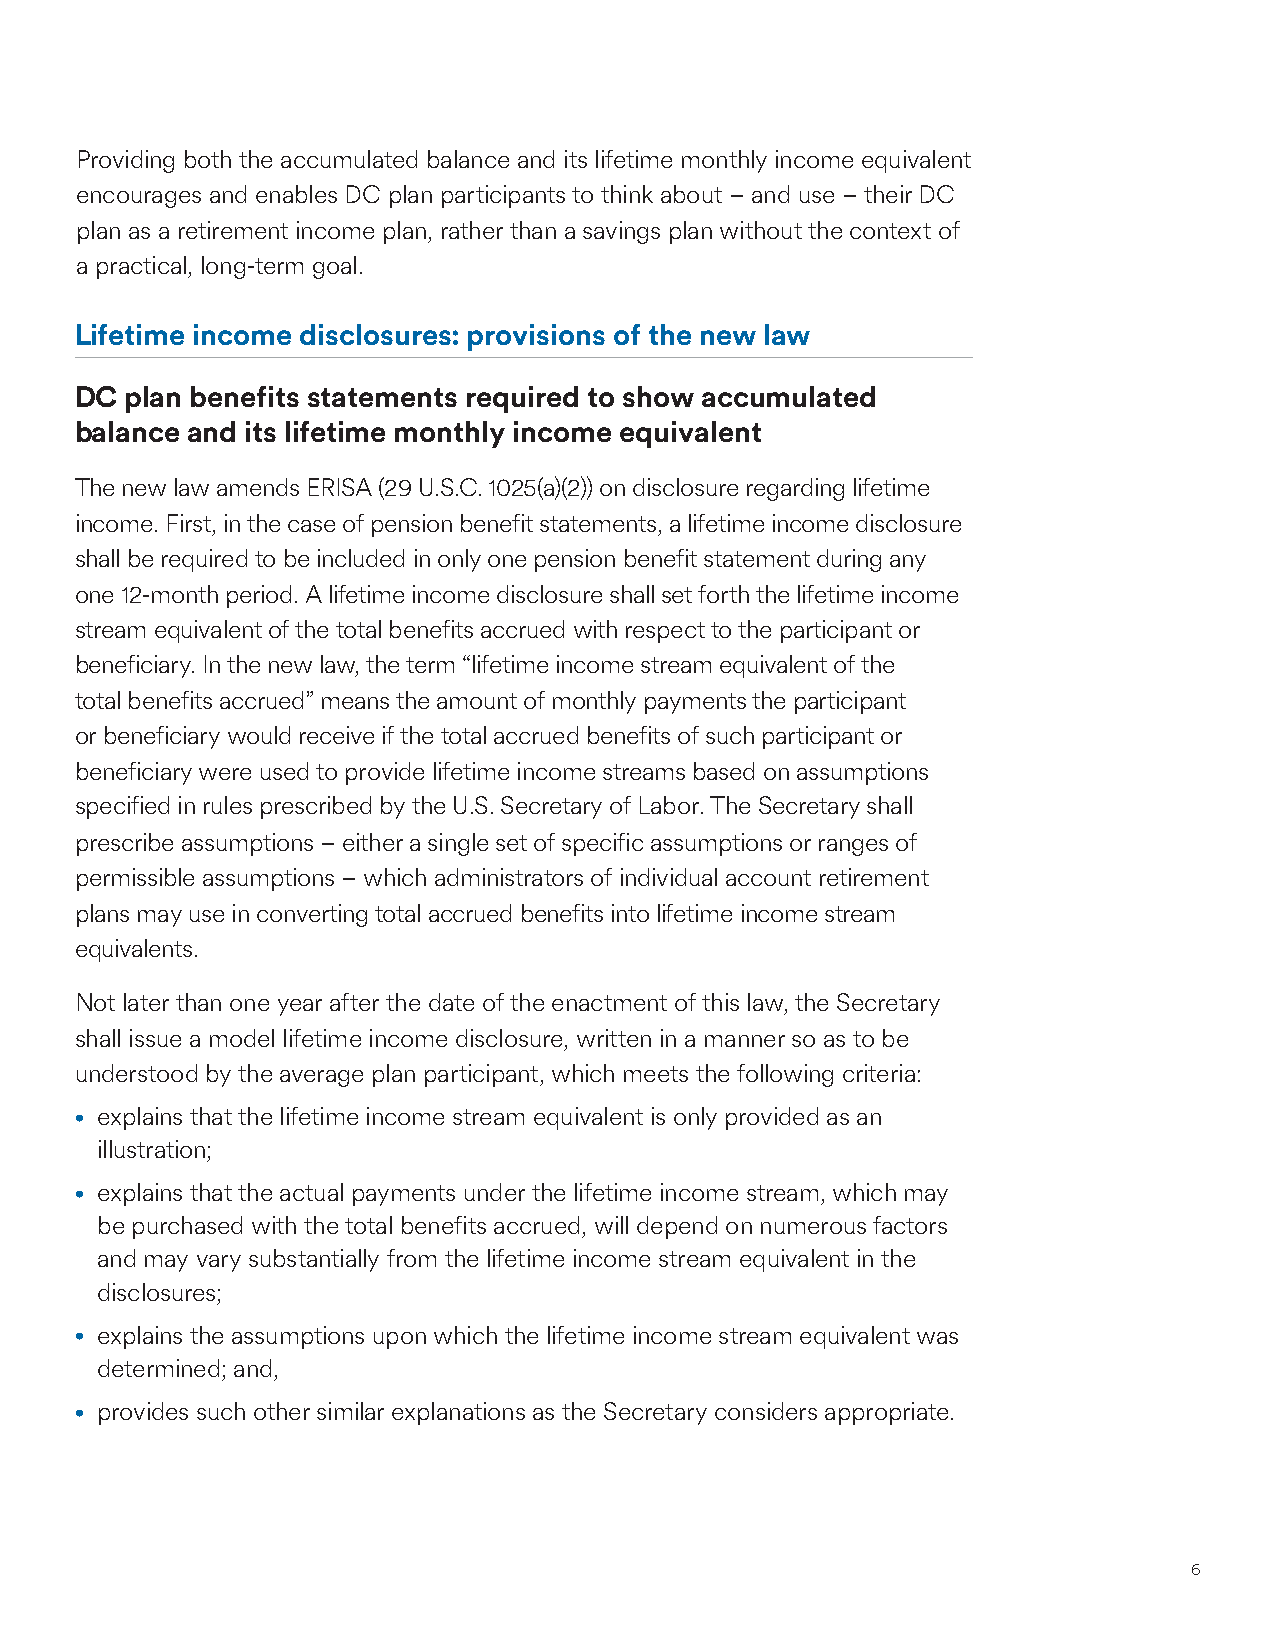
Providing both the accumulated balance and its lifetime monthly income equivalent
 encourages and enables DC plan participants to think about – and use – their DC
 plan as a retirement income plan, rather than a savings plan without the context of
 a practical, long-term goal.
 Lifetime income disclosures: provisions of the new law
 DC plan benefits statements required to show accumulated
 balance and its lifetime monthly income equivalent
 The new law amends ERISA (29 U.S.C. 1025(a)(2)) on disclosure regarding lifetime
 income. First, in the case of pension benefit statements, a lifetime income disclosure
 shall be required to be included in only one pension benefit statement during any
 one 12-month period. A lifetime income disclosure shall set forth the lifetime income
 stream equivalent of the total benefits accrued with respect to the participant or
 beneficiary. In the new law, the term “lifetime income stream equivalent of the
 total benefits accrued” means the amount of monthly payments the participant
 or beneficiary would receive if the total accrued benefits of such participant or
 beneficiary were used to provide lifetime income streams based on assumptions
 specified in rules prescribed by the U.S. Secretary of Labor. The Secretary shall
 prescribe assumptions – either a single set of specific assumptions or ranges of
 permissible assumptions – which administrators of individual account retirement
 plans may use in converting total accrued benefits into lifetime income stream
 equivalents.
 Not later than one year after the date of the enactment of this law, the Secretary
 shall issue a model lifetime income disclosure, written in a manner so as to be
 understood by the average plan participant, which meets the following criteria:
 • explains that the lifetime income stream equivalent is only provided as an
 illustration;
 • explains that the actual payments under the lifetime income stream, which may
 be purchased with the total benefits accrued, will depend on numerous factors
 and may vary substantially from the lifetime income stream equivalent in the
 disclosures;
 • explains the assumptions upon which the lifetime income stream equivalent was
 determined; and,
 • provides such other similar explanations as the Secretary considers appropriate.
 6